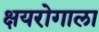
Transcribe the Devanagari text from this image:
क्षयरोगाला